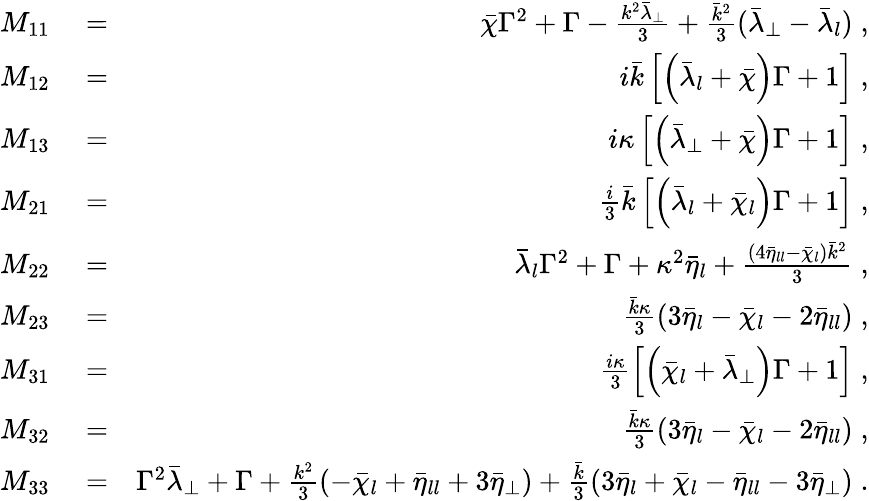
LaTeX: \begin{array}{rlr}{M_{11}}&{{}=}&{\bar{\chi}\Gamma^{2}+\Gamma-\frac{k^{2}\bar{\lambda}_{\perp}}{3}+\frac{\bar{k}^{2}}{3}(\bar{\lambda}_{\perp}-\bar{\lambda}_{l})\; ,}\\ {M_{12}}&{{}=}&{i\bar{k}\left[\left(\bar{\lambda}_{l}+\bar{\chi}\right)\Gamma+1\right]\; ,}\\ {M_{13}}&{{}=}&{i\kappa\left[\left(\bar{\lambda}_{\perp}+\bar{\chi}\right)\Gamma+1\right]\; ,}\\ {M_{21}}&{{}=}&{\frac{i}{3}\bar{k}\left[\left(\bar{\lambda}_{l}+\bar{\chi}_{l}\right)\Gamma+1\right]\; ,}\\ {M_{22}}&{{}=}&{\bar{\lambda}_{l}\Gamma^{2}+\Gamma+\kappa^{2}\bar{\eta}_{l}+\frac{(4\bar{\eta}_{ll}-\bar{\chi}_{l})\bar{k}^{2}}{3}\; ,}\\ {M_{23}}&{{}=}&{\frac{\bar{k}\kappa}{3}\left(3\bar{\eta}_{l}-\bar{\chi}_{l}-2\bar{\eta}_{ll}\right)\; ,}\\ {M_{31}}&{{}=}&{\frac{i\kappa}{3}\left[\left(\bar{\chi}_{l}+\bar{\lambda}_{\perp}\right)\Gamma+1\right]\; ,}\\ {M_{32}}&{{}=}&{\frac{\bar{k}\kappa}{3}\left(3\bar{\eta}_{l}-\bar{\chi}_{l}-2\bar{\eta}_{ll}\right)\; ,}\\ {M_{33}}&{{}=}&{\Gamma^{2}\bar{\lambda}_{\perp}+\Gamma+\frac{k^{2}}{3}\left(-\bar{\chi}_{l}+\bar{\eta}_{ll}+3\bar{\eta}_{\perp}\right)+\frac{\bar{k}}{3}\left(3\bar{\eta}_{l}+\bar{\chi}_{l}-\bar{\eta}_{ll}-3\bar{\eta}_{\perp}\right)\; .}\end{array}